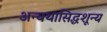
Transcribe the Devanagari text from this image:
अन्यथासिद्धशून्य